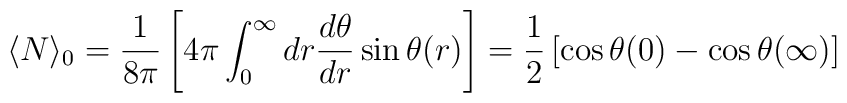
\langle N\rangle _0 =\frac{1}{8 \pi}\left[4\pi \int_{0}^{\infty}dr \frac{d\theta }{dr} \sin \theta (r)\right]=\frac{1}{2}\left[\cos \theta (0)-\cos \theta (\infty )\right]